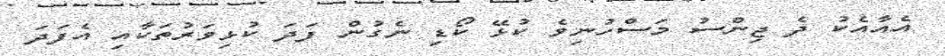
އެއާއެކު ދެ ޖިންސު މަަސްހުނިވެ ކުޅޭ ކޯޑި ނެގުން ފަދަ ކުޅިވަރުތަކާއި އެފަދަ